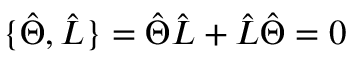
\{ \hat { \Theta } , \hat { L } \} = \hat { \Theta } \hat { L } + \hat { L } \hat { \Theta } = 0